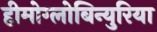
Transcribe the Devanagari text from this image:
हीमोग्लोबिन्युरिया